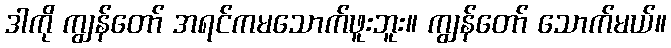
ဒါကို ကျွန်တော် အရင်ကမသောက်ဖူးဘူး။ ကျွန်တော် သောက်မယ်။